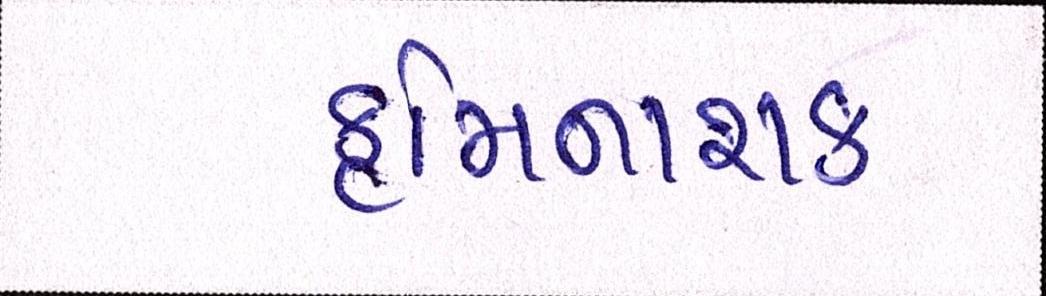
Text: કૃમિનાશક